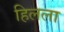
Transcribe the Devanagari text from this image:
हिलला